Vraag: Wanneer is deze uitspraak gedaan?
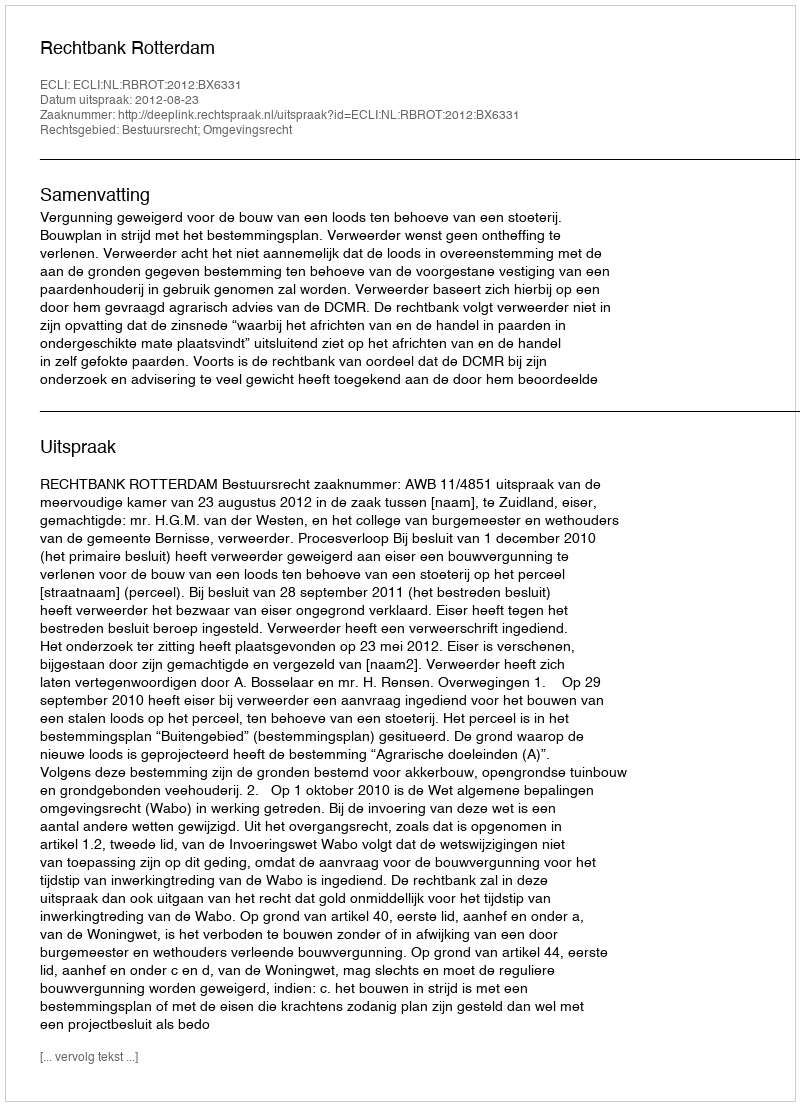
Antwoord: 2012-08-23